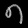
Digit: ၈